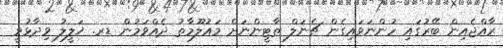
ރާއްޖެއިން ބޭރުގައި ހުންނަވައިގެން ޗެނަލް ތާޓީންނަށް މައުލޫމާތު ދެއްވަމުން ޑރ. ޚަލީލު ވިދާޅުވީ